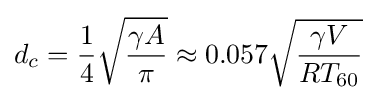
d_{c}={\frac {1}{4}}{\sqrt {\frac {\gamma A}{\pi }}}\approx 0.057{\sqrt {\frac {\gamma V}{RT_{60}}}}